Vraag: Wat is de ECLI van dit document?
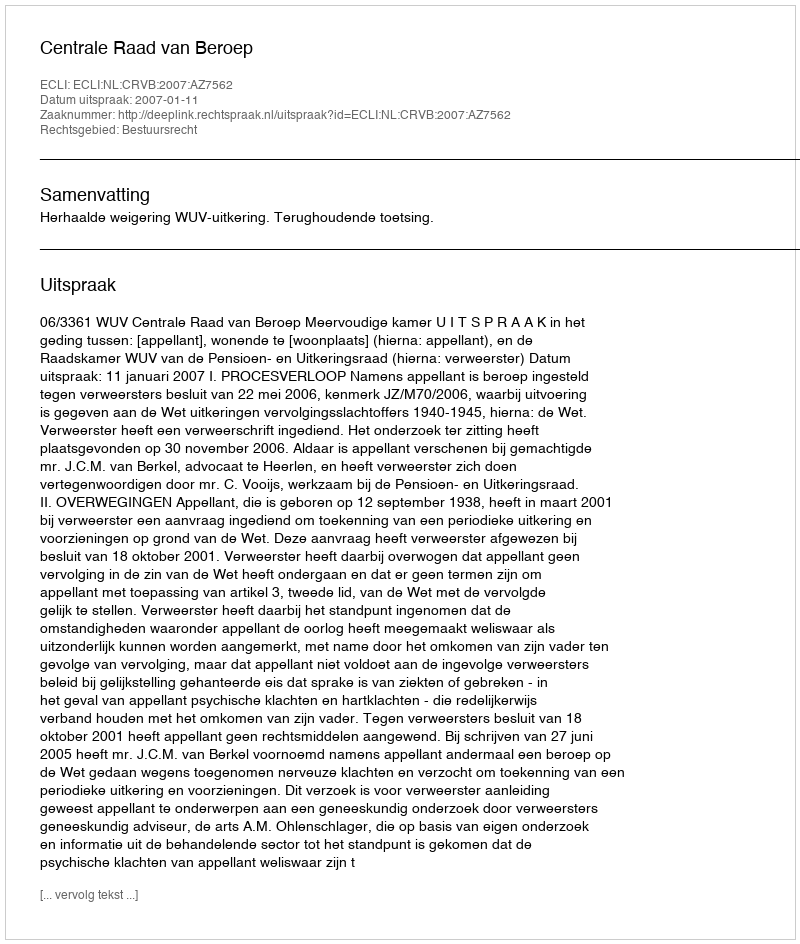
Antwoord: ECLI:NL:CRVB:2007:AZ7562